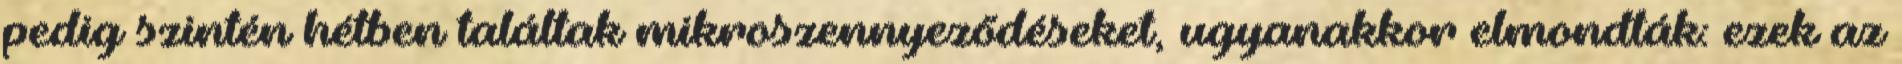
pedig szintén hétben találtak mikroszennyeződéseket, ugyanakkor elmondták: ezek az